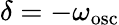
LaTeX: \delta=-\omega_{\mathrm{osc}}